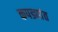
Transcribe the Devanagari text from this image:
कपड्यांत